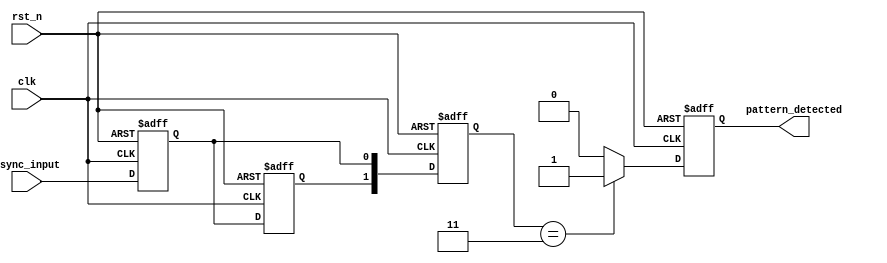
module dual_ff_detector (
    input wire clk,             // Clock signal for synchronization
    input wire rst_n,           // Active low reset signal
    input wire async_input,     // Asynchronous input signal to be monitored
    output reg pattern_detected  // Output signal indicating pattern detection
);

// State definitions
reg ff1, ff2;                 // Two flip-flops to sample the input
reg [1:0] state;              // State register to store intermediate states

// Memory block to store predefined patterns (example: 2'b11)
parameter [1:0] PREDEFINED_PATTERN = 2'b11;

// Sequential logic for flip-flops
always @(posedge clk or negedge rst_n) begin
    if (!rst_n) begin
        ff1 <= 1'b0;
        ff2 <= 1'b0;
    end else begin
        ff1 <= async_input;    // Sample the asynchronous input
        ff2 <= ff1;            // Sample the output of the first flip-flop
    end
end

// State machine to detect predefined patterns
always @(posedge clk or negedge rst_n) begin
    if (!rst_n) begin
        state <= 2'b00;        // Reset state
        pattern_detected <= 1'b0; // Clear pattern detected flag
    end else begin
        // Update state based on flip-flop outputs
        state <= {ff2, ff1};    // Concatenate the outputs of the flip-flops

        // Check for pattern detection
        if (state == PREDEFINED_PATTERN) begin
            pattern_detected <= 1'b1; // Set output high if pattern matches
        end else begin
            pattern_detected <= 1'b0; // Clear output if no match
        end
    end
end

endmodule